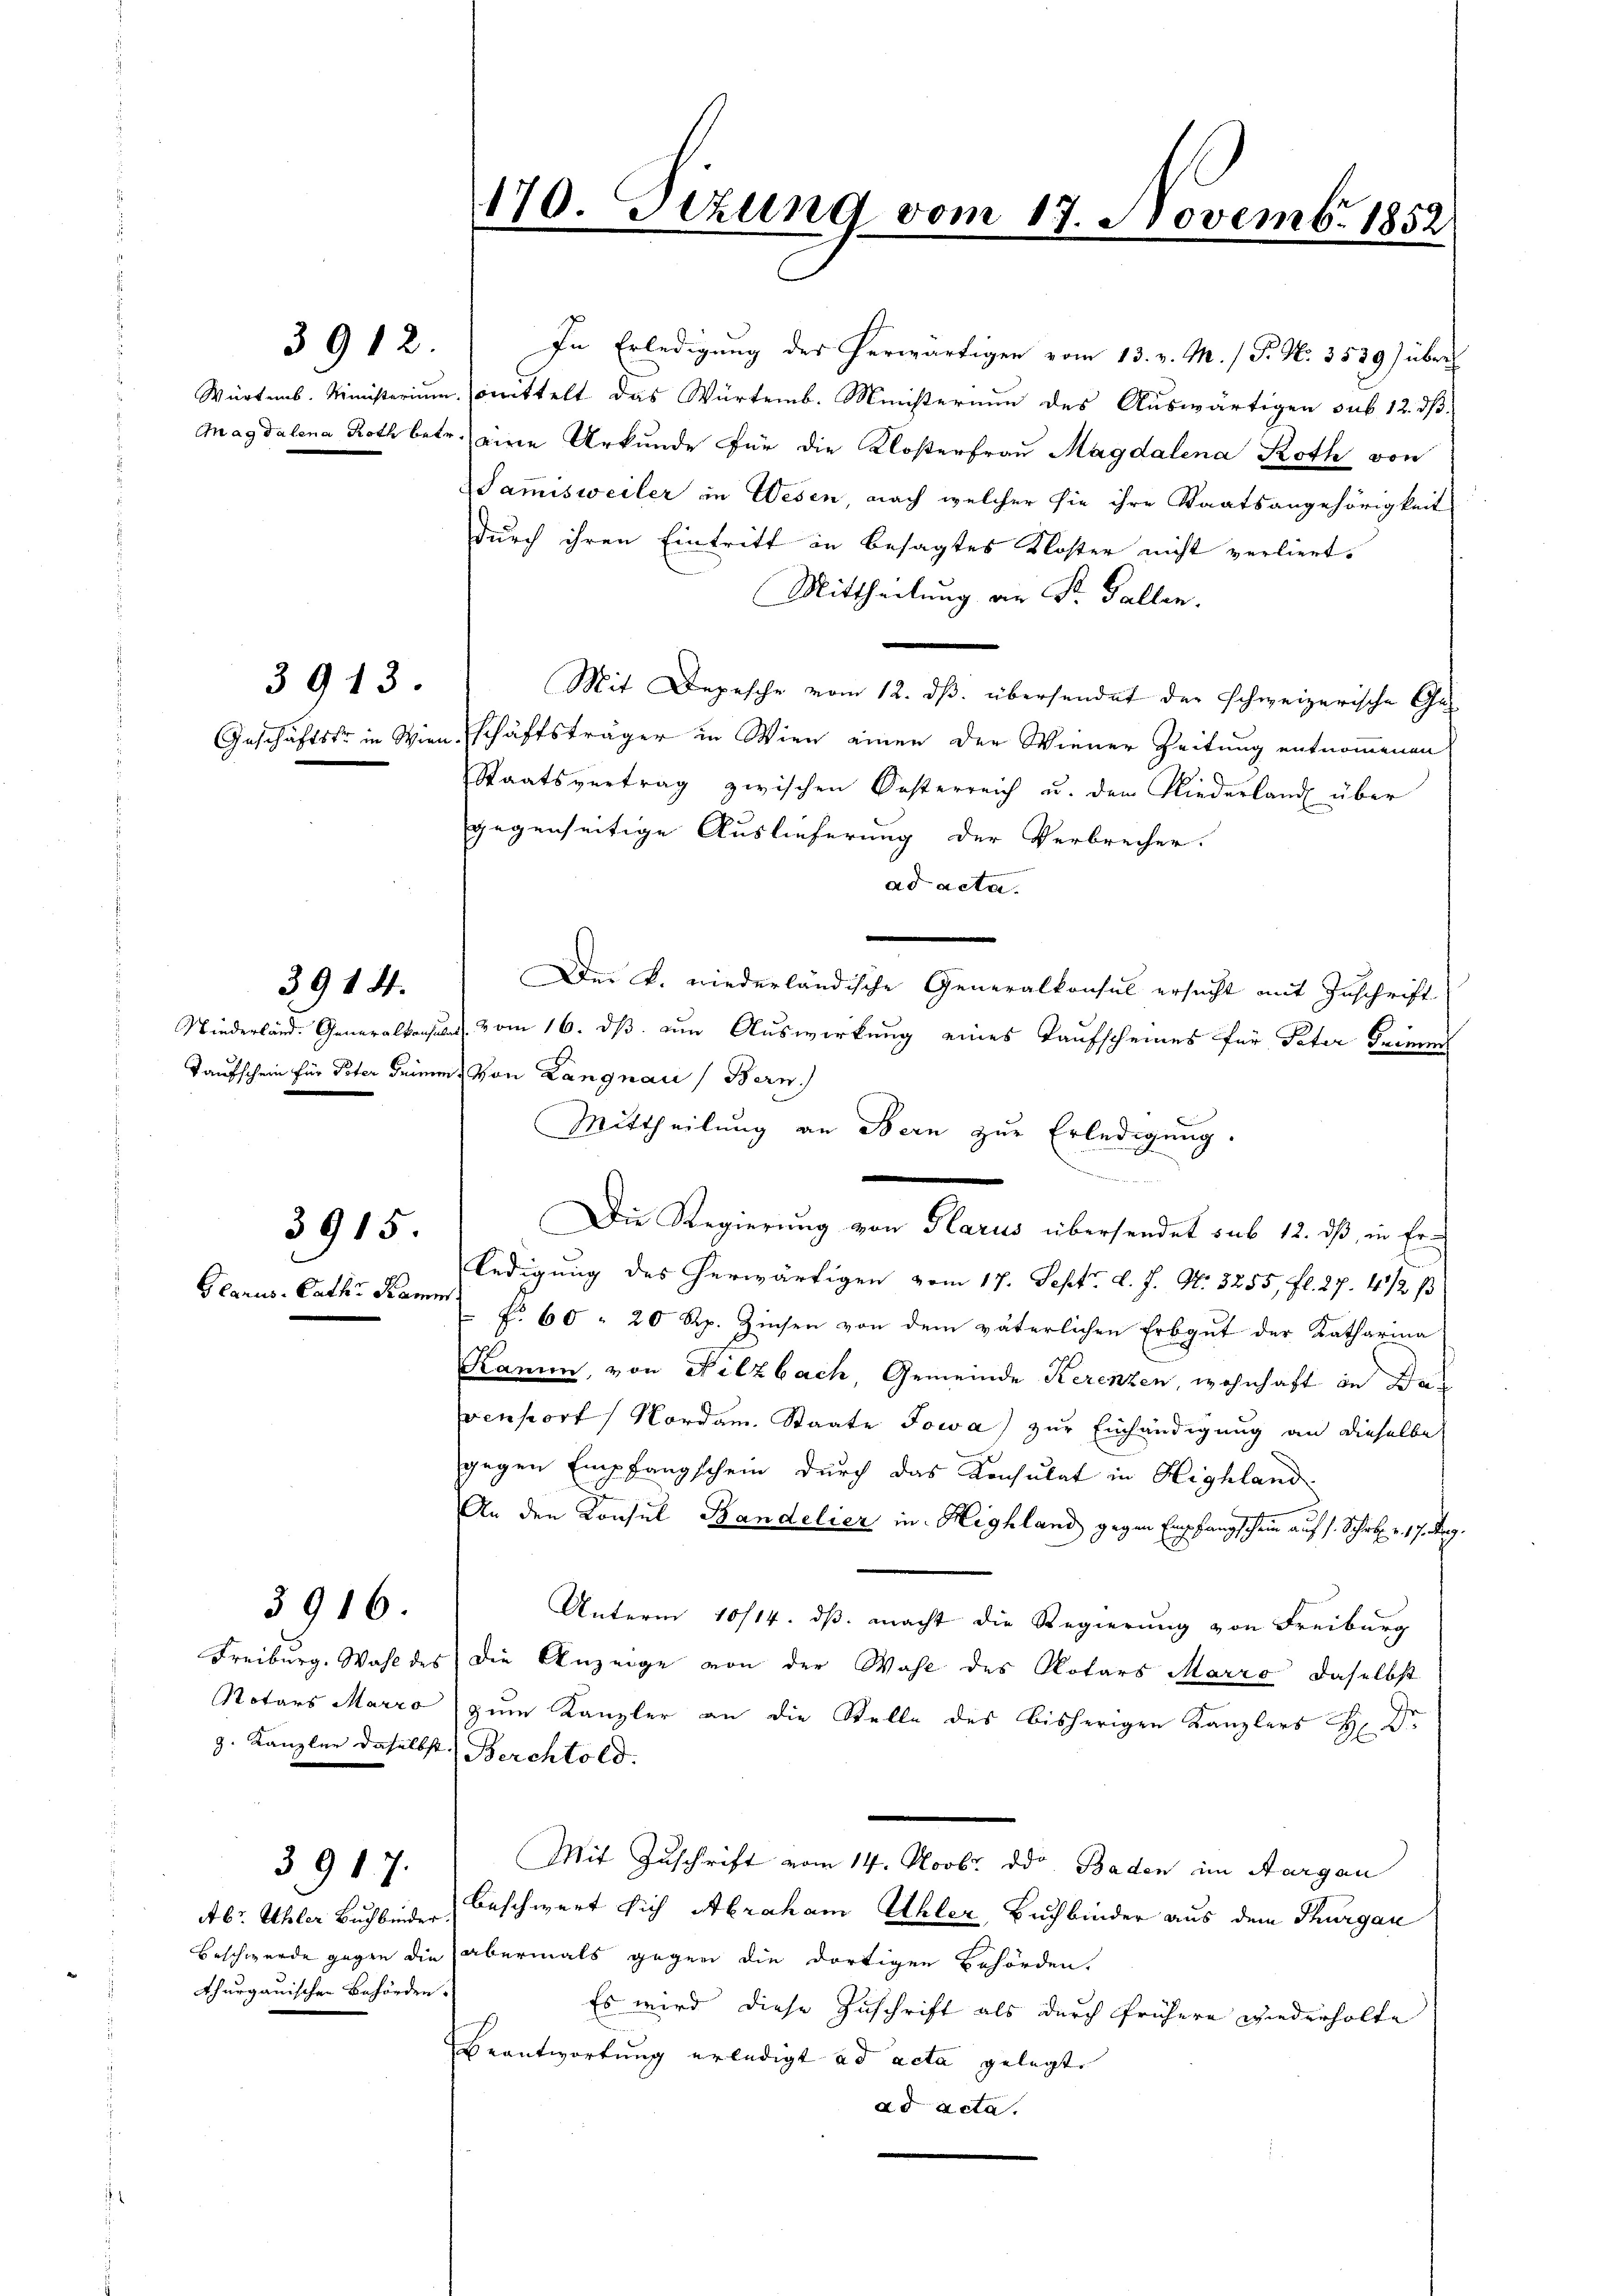
3912.

3913.

3914.

3915.

Glarus. Cathe Kamm

Freiburg. Wahl des
Rotars Marzo
g. Kanzler daselbst

3916.

Abt. Ahler Buchbinder
Beschwerde gegen die
thurgauischen Behörden.

3917.

Mittheilung an Sr. Gallen.
Mit Depesche vom 12. ds. übersendet der schweizerische Ge-
Geschäftste in Wien schäftsträger in Wien einen der Wiener Zeitung entnommenen
Staatsvertrag zwischen Oesterreich u. den Niederland über
gegenseitige Auslieferung der Verbrecher.
ad acta.
Der k. niederländische Generalkonsul ersucht mit Zuschrift
Niederländ. Generalkonsuls vom 16. dß um Auswirkung eines Taufscheines für Peter Trimen
Taufschein für Peter Grimm. Von Langnau (Bern.)
Mittheilung an Bern zur Erledigung.
ledigung des herwärtigen vom 17. Sept. d. J. N. 3255 fl. 27. 412 p
 f. 60 " 20 Rp. Zinsen von dem väterlichen Erbgut der Katharina
Kamin, von Filzbach, Gemeinde Kerenzen, wohnhaft in Davenstorf Nordam. Staate Jowa) zur Einhändigung an dieselbe
gegen Empfangschein durch das Konsulat in Highland
An den Konsul Bandelier in Highland gegen Empfangschein auf s. Schrob. v. 17. Aug.
Unterm 10/14. dβ macht die Regierung von Freiburg
Die Anzeige von der Wahl des Notars Marro, daselbst
zum Kanzler an die Stelle des bisherigen Kanzlers H. Dr.
Berchtold.
Mit Zuschrift vom 14. Novbr. ddo. Baden im Aargau
beschwert sich Abraham Uhler, Buchbinder aus dem Thurgau
abermals gegen die dortigen Behörden.
Es wird diese Zuschrift als durch frühere Wiederholte
eantwortung erledigt ad acta gelegt.
ad acta.

170. Sizung vom 17. Novemb. 185.

In Erledigung des herwärtigen vom 13. v. M. / P. N. 3539) über
Würtemb. Ministerium mittelt das Würtemb. Ministerium des Auswärtigen sub 12. dß
Magdalena Roth betr. eine Urkunde für die Klosterfrau Magdalena Roth von
Sam̅isweiler in Wesen, nach welcher sie ihre Staatsangehörigkeit
durch ihren Eintritt in besagtes Kloster nicht verliert.

Die Regierung von Glarus übersendet sub 12. dß, in Er-